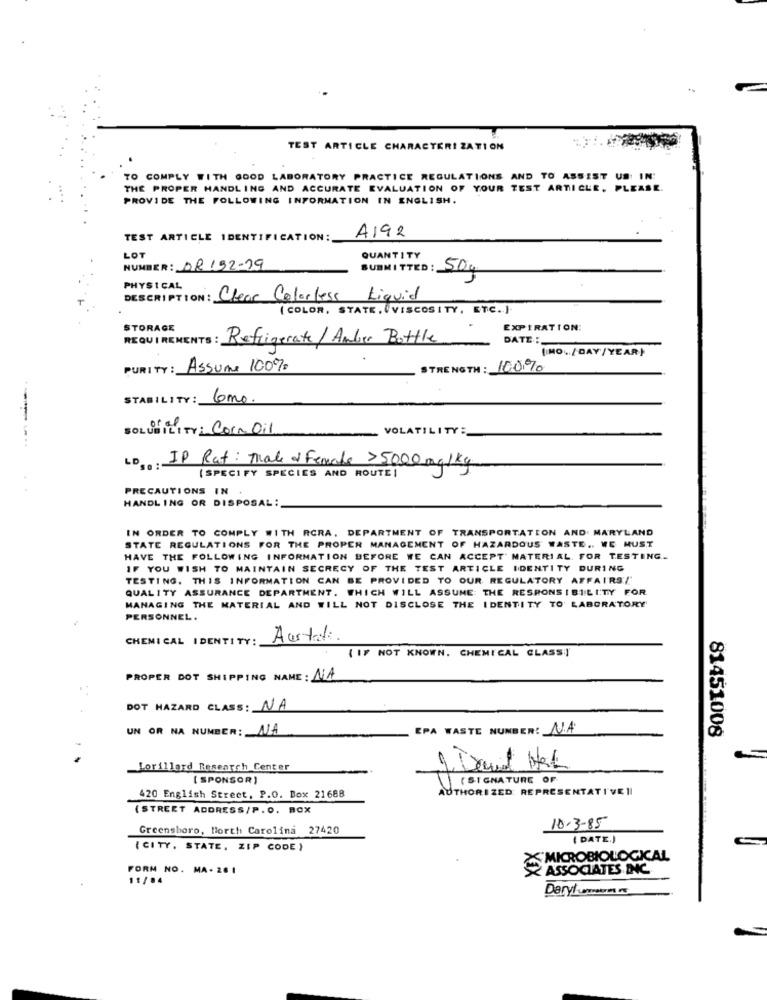
TEST ARTICLE CHARACTER! ZATION
TO COMPLY WITH GOOD LABORATORY PRACTICE REGULATIONS AND TO ASSIST US IN:
THE PROPER HANDLING AND ACCURATE EVALUATION OF YOUR TEST ARTICLE. PLEASE.
PROVIDE THE FOLLOWING INFORMATION IN ENGLISH.
TEST ARTICLE IDENTIFICATION:
A192
LOT
QUANTITY
NUMBER: 08192-19
SUBMITTED : 50g
PHYSICAL
DESCRIPTION: Clear Colorless Liquid
(COLOR, STATE. (VISCOSITY, ETC. ).
STORAGE
EXPIRATION:
REQUIREMENTS : Refrigerate/ Amber Bottle
DATE :
(NO .. / DAY/ YEAR)
PURITY:
Assume 100%
STRENGTH : 100%0
STABILITY:
Como.
SOLUBILITY: Corn Oil
VOLATILITY:
-----
LD : IP Rat: tale of Female >5000 mg/kg
(SPECIFY SPECIES AND ROUTE |
PRECAUTIONS IN
HANDLING OR DISPOSAL:
IN ORDER TO COMPLY WITH RCRA. DEPARTMENT OF TRANSPORTATION AND MARYLAND
STATE REGULATIONS FOR THE PROPER MANAGEMENT OF HAZARDOUS WASTE .. WE MUST
HAVE THE FOLLOWING INFORMATION BEFORE WE CAN ACCEPT' MATERIAL FOR TESTING.
IF YOU WISH TO MAINTAIN SECRECY OF THE TEST ARTICLE IDENTITY DURING
TESTING. THIS INFORMATION CAN BE PROVIDED TO OUR REGULATORY AFFAIRS/
QUALITY ASSURANCE DEPARTMENT. WHICH WILL ASSUME THE RESPONSIBILITY FOR.
MANAGING THE MATERIAL AND WILL NOT DISCLOSE THE IDENTITY TO LABORATORY
PERSONNEL .
CHEMICAL IDENTITY:
Australi.
{ IF NOT KNOWN. CHEMICAL CLASS !!
PROPER DOT SHIPPING NAME : ALA
DOT HAZARD CLASS : NA
UN OR NA NUMBER: ALA
EPA WASTE NUMBER: N.A.
81451008
Lorillard Research Center
J. David Hat
( SPONSOR )
( SIGNATURE OF
AUTHORIZED: REPRESENTATIVE II
420 English Street, P.O. Box 21688
(STREET ADDRESS/P.O. BOX
Greensboro, North Carolina 27420
10-3-85
( DATE.)
(CITY, STATE. ZIP CODE }
MICROBIOLOGICAL
FORM NO. MA- 26 1
2 ASSOCIATES INC
11/04